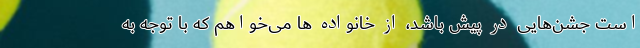
است جشن‌‌‌هایی در پیش باشد، از خانواده ها می‌‌خواهم که با توجه به